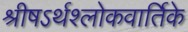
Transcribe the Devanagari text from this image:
श्रीषऽर्थश्लोकवार्तिके